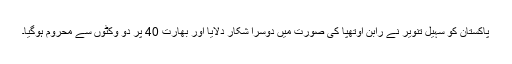
پاکستان کو سہیل تنویر نے رابن اوتھپا کی صورت میں دوسرا شکار دلایا اور بھارت 40 پر دو وکٹوں سے محروم ہوگیا۔